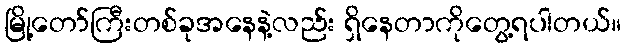
မြို့တော်ကြီးတစ်ခုအနေနဲ့လည်း ရှိနေတာကိုတွေ့ရပါတယ်။